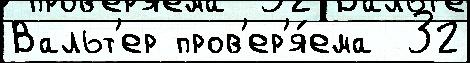
Вальт'ер пров'ер'я́ема  32